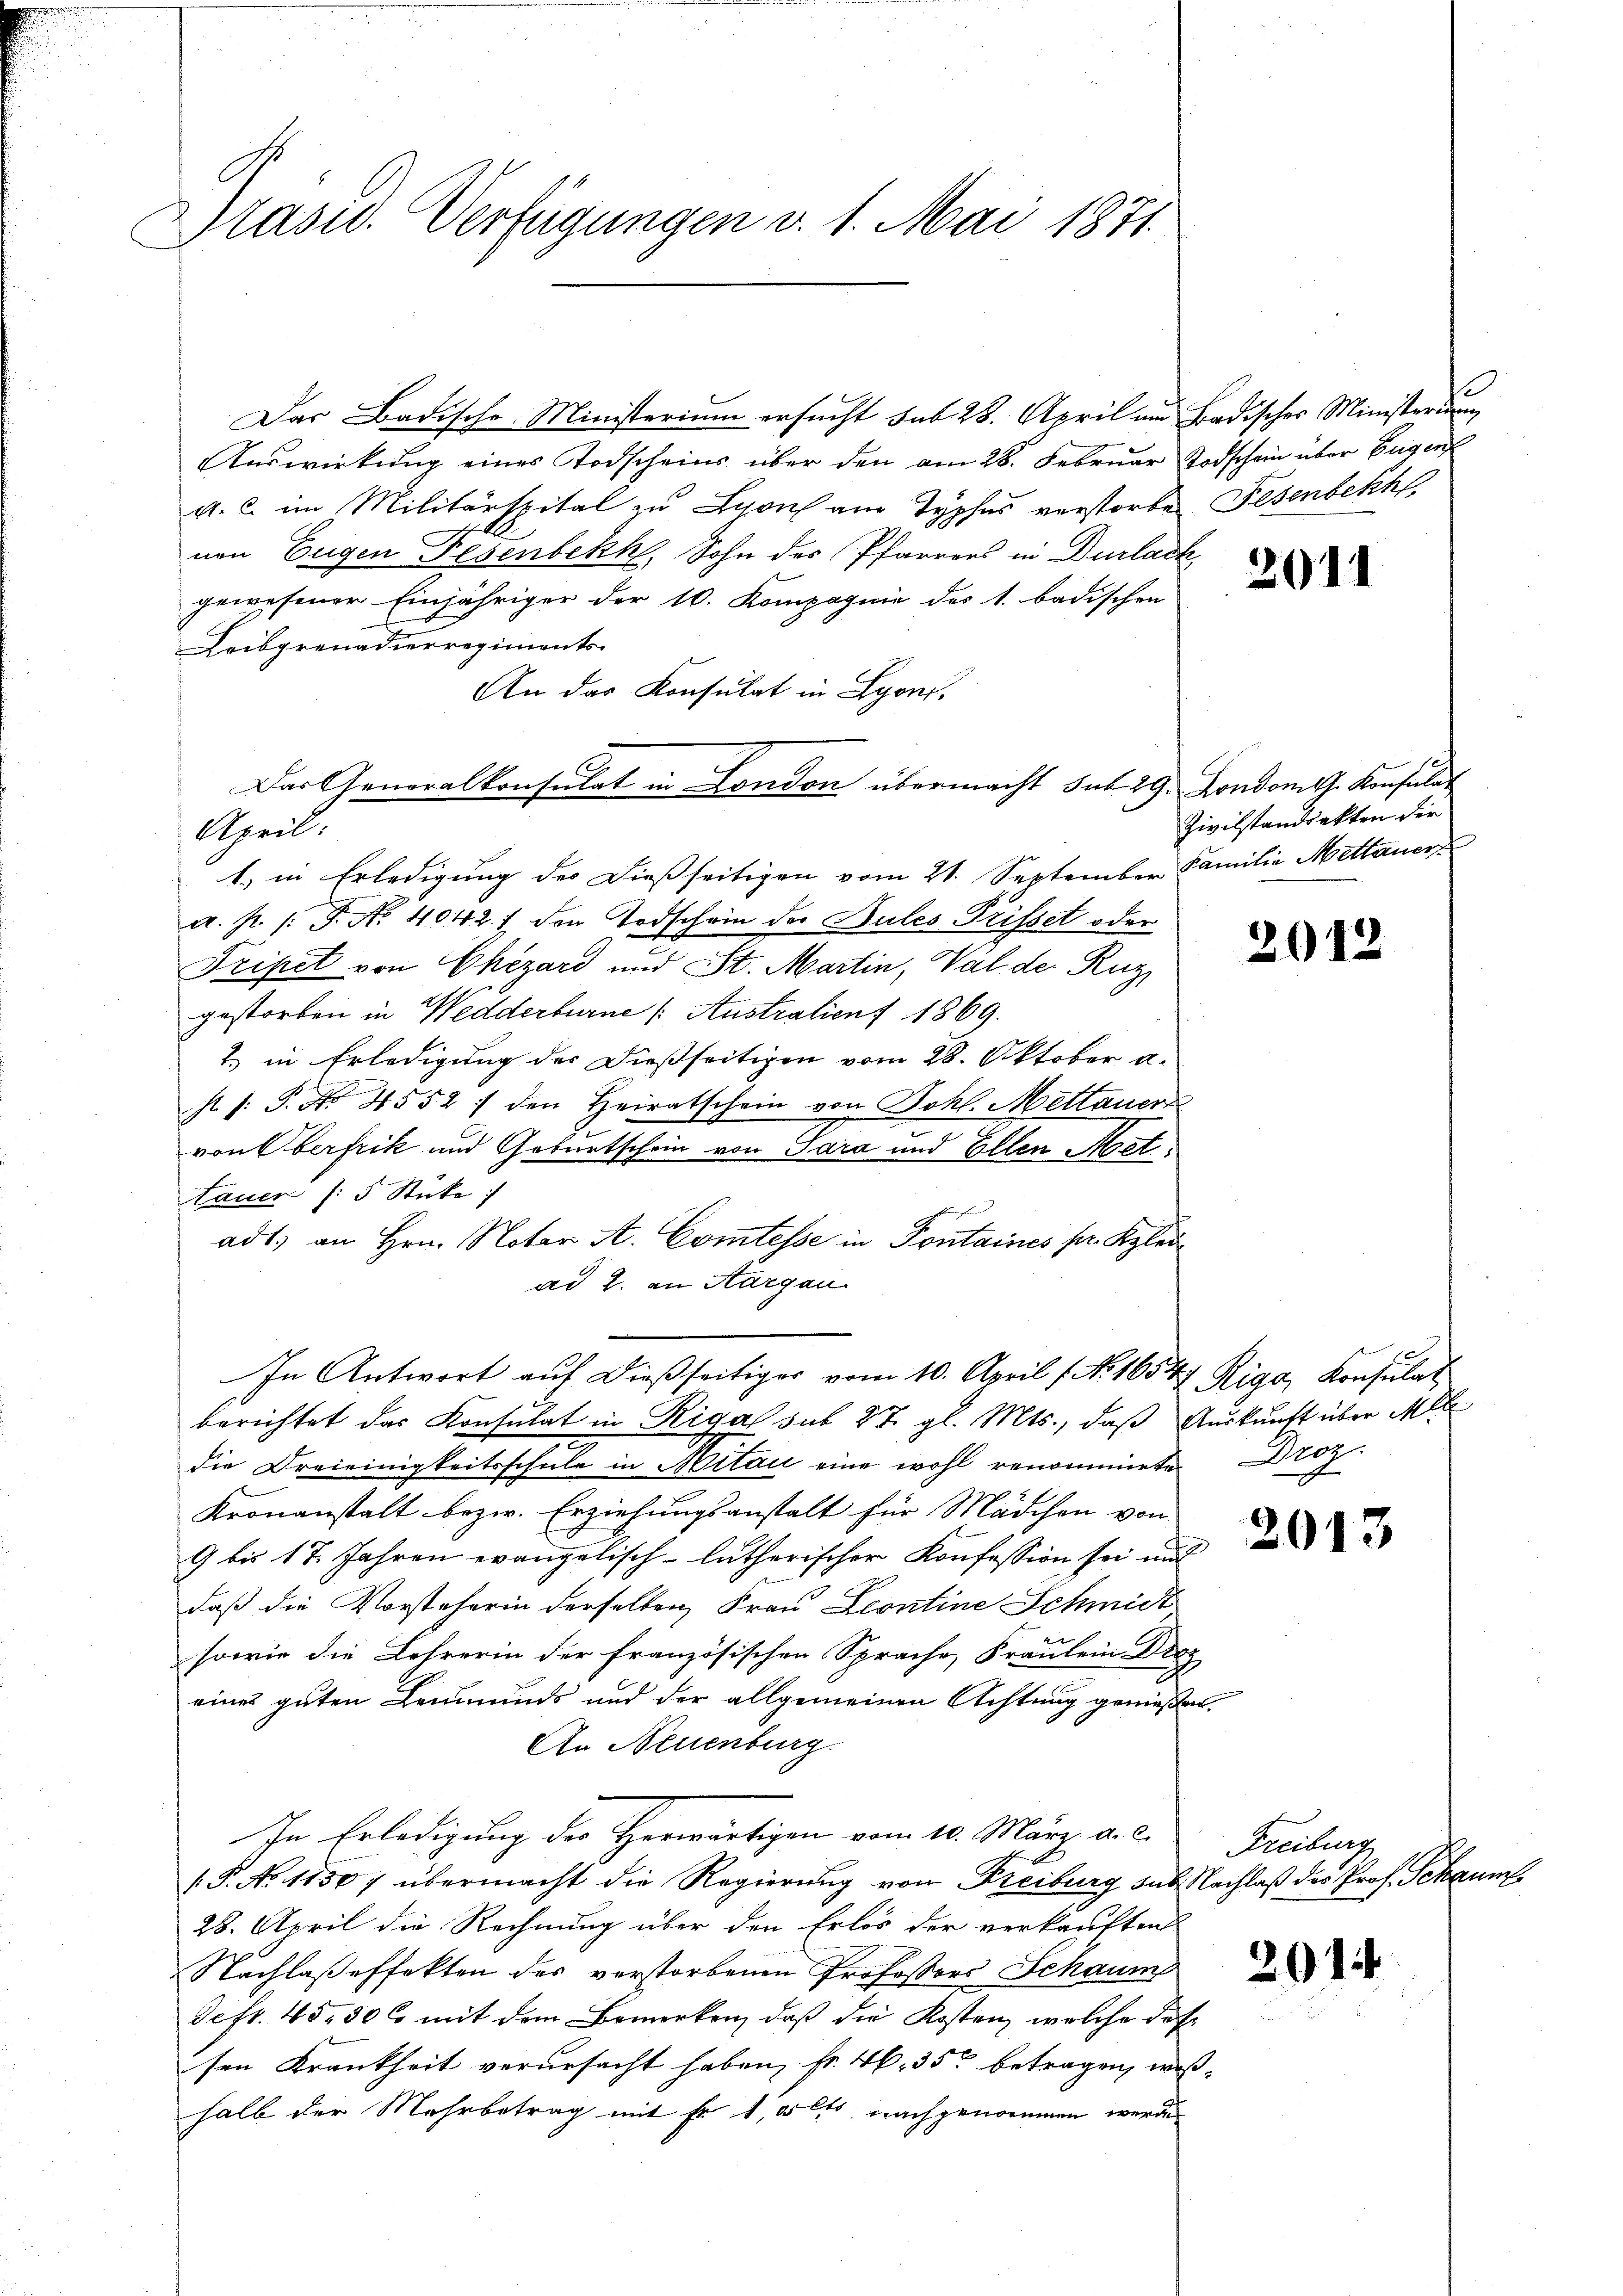
Präsid. Verfügungen v. 1. Mai 1871.

Apeil:

Das Badische Ministerium ersucht sub 28. April um Badisches Ministerium
Auswirkung eines Todscheins über den am 28. Februar Todschein über Eugenf
a. c. im Militärspital zu Lyon am Typhus verstorben Fesenbekh
nen Eugen Fesenbekk, Sohn des Pfarrers in Durlack
gewesener Einjähriger der 10. Kompagnie des 1. badischen
Leibgrenadierregiments-
An das Konsulat in Lyon,
Das Generalkonsulat in London übermacht sub 29. London dh. Konsulat
1. in Erledigung des dießseitigen vom 21. September Familie Mettaner
a. p. /: P. No 40421. den Todschein der Bules Prisset oder
Tripet von Chezard und St. Martin, Val de Ruz
gestorben in Wedderburne /: Australienf 1869.
2.) in Erledigung des dießseitigen vom 28. Oktober a.
st /: P. Nr. 4552 : den Heiratschein von Bohl. Mettaner
von Oberfrik und Geburtschein von Sara und Ellen Met
tauer (: 5 Stücke:
f
adt; an Hrn. Notar A. Comtesse in Pontaines pr. Klei
ad 2. an Aargau
In Antwort auf dießseitiges vom 10. April (N. 1654 Riga, Konsulat
berichtet das Konsulat in Riga sub 27. gl. Mts., daß Auskunft über Mll
die Dreieinigkeitsschule in Mitan eine wohl renommete Tot
Kronanstalt bezw. Erziehungsanstalt für Mädchen von
9 bis 17 Jahren evangelisch-lutherischer Konfession sei und
daß die Vorsteherin derselben Frau Scontine Schmidt
sowie die Lehrerin der französischen Sprache, Fräulein Dros
eines guten Leumunds und der allgemeinen Achtung genießen,
An Neuenburg.
In Erledigung der Herwärtigen vom 10. März a. c. Freiburg
.P. No 11507 übermacht die Regierung von Freiburg sub Nachlaß des Prof. Schau
28. April die Rechnung über den Erlös der verkauften
Nachlaßeffekten des verstorbenen Professors Schaum
deft. 45, 30 l. mit dem Bemerken, daß die Kosten, welche dessen Krankheit verursacht haben, fr. 46. 35 betragen, weßhalb der Mehrbetrag mit Fr. 1, 5 lit, nachgenommen werden

201.

Zivilstandsakten der

2012

2013

201.